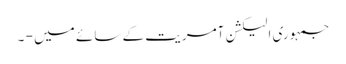
جمہوری الیکشن آمریت کے سائے میں - ۔